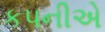
કપનીએ